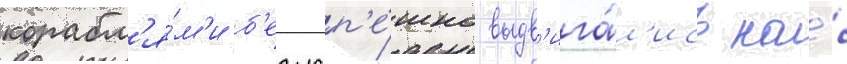
корабл'я́м'и б'езусп'е́шно выдв'ига́л'ись на́